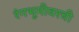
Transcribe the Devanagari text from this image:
रंगभूमीवरची